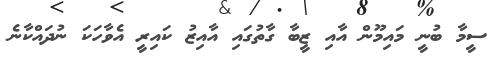
ސީމާ ބުނީ މައިމޫން އާއި ޒީބާ ގާތުގައި އާއިޒު ކައިރީ އެވާހަކަ ނުދައްކާނެ